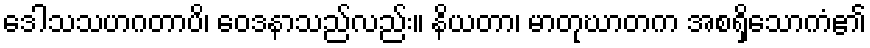
ဒေါသသဟဂတာပိ၊ ဝေဒနာသည်လည်း။ နိယတာ၊ မာတုဃာတက အစရှိသောကံ၏